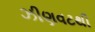
ઝીણવટથી